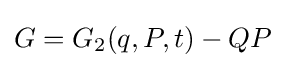
G=G_{2}(q,P,t)-QP